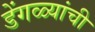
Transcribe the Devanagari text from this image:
डेंगळ्यांची